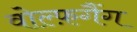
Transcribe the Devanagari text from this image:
वोल्फ़गैंग